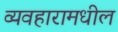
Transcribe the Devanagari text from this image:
व्यवहारामधील